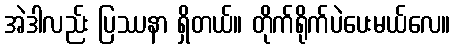
အဲဒါလည်း ပြဿနာ ရှိတယ်။ တိုက်ရိုက်ပဲပေးမယ်လေ။